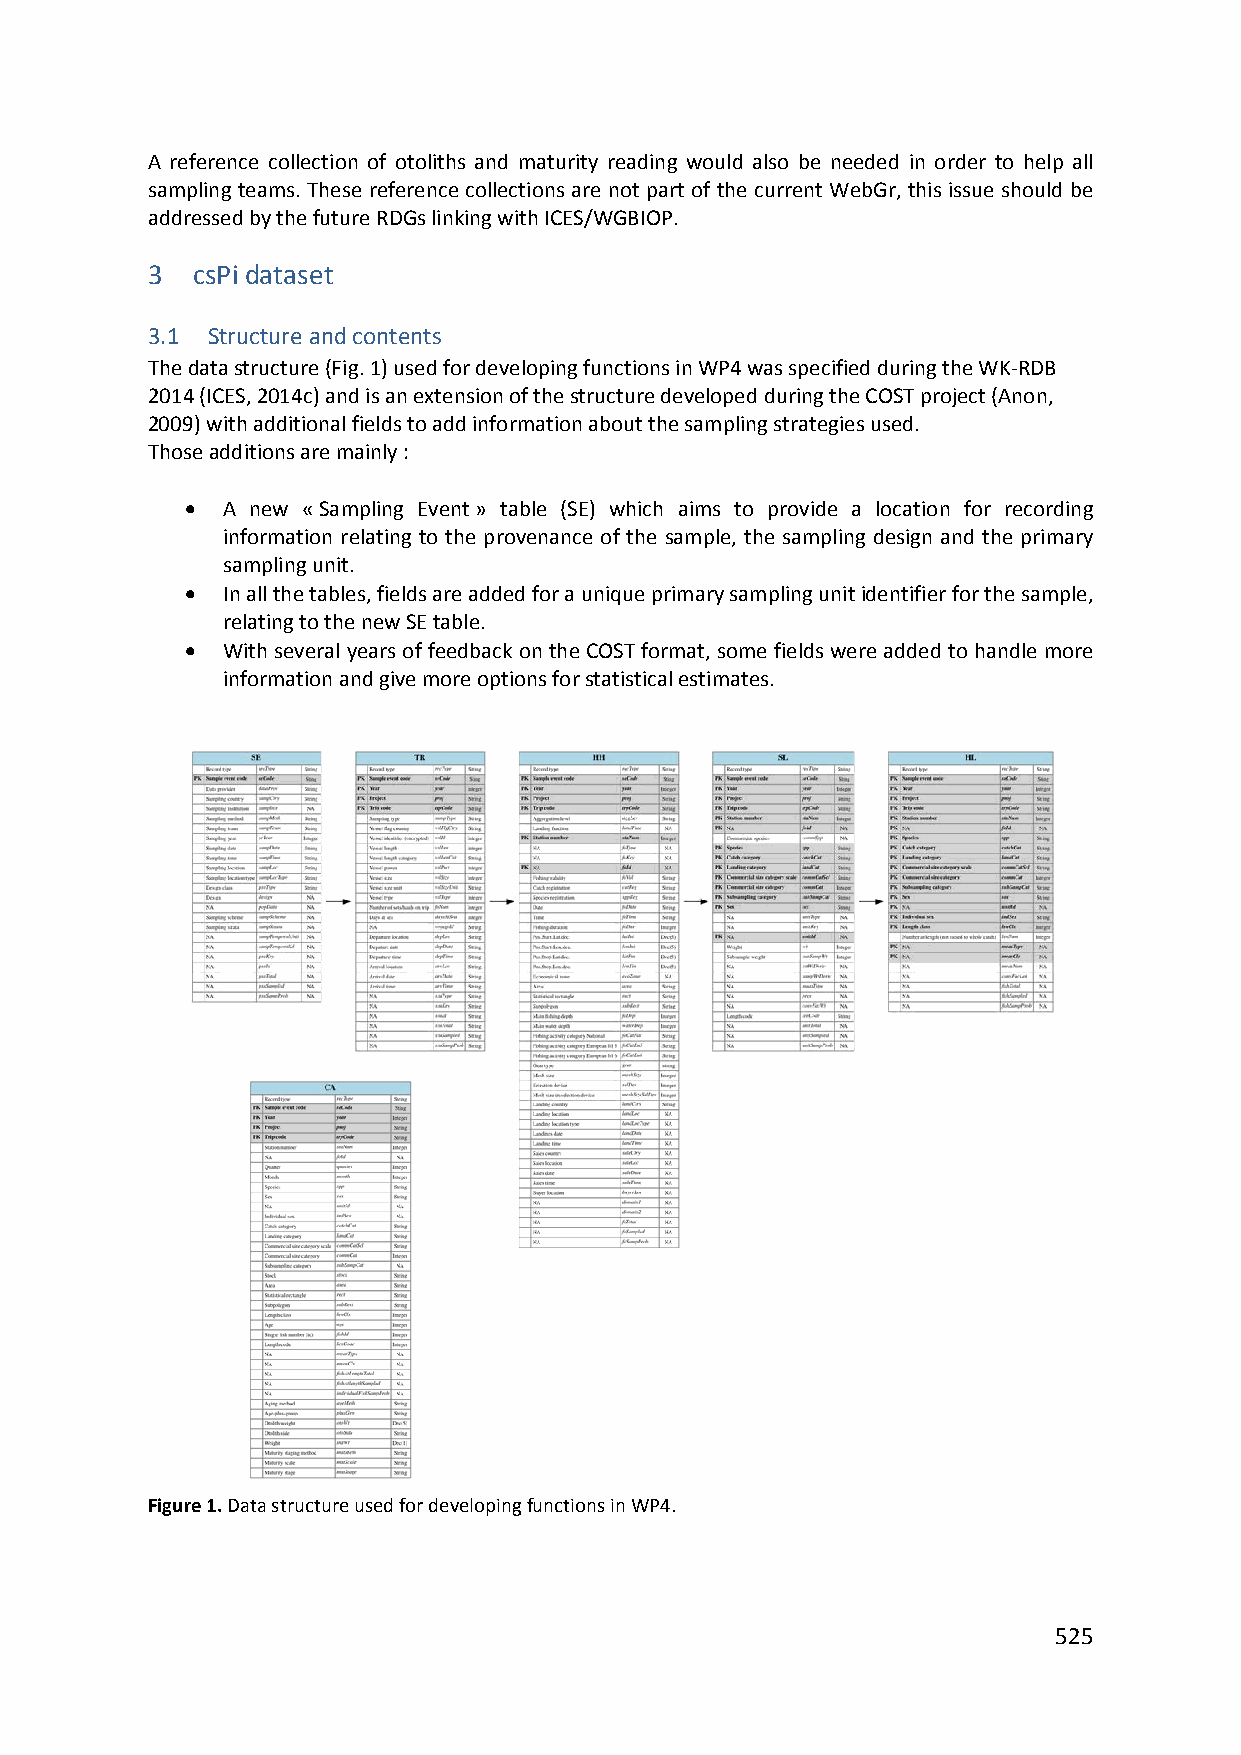
A reference collection of otoliths and maturity reading would also be needed in order to help all
 sampling teams. These reference collections are not part of the current WebGr, this issue should be
 addressed by the future RDGs linking with ICES/WGBIOP.
 3  csPi dataset
 3.1 Structure and contents
 The data structure (Fig. 1) used for developing functions in WP4 was specified during the WK‐RDB
 2014 (ICES, 2014c) and is an extension of the structure developed during the COST project (Anon,
 2009) with additional fields to add information about the sampling strategies used.
 Those additions are mainly :
   A new « Sampling Event » table (SE) which aims to provide a location for recording
 information relating to the provenance of the sample, the sampling design and the primary
 sampling unit.
   In all the tables, fields are added for a unique primary sampling unit identifier for the sample,
 relating to the new SE table.
   With several years of feedback on the COST format, some fields were added to handle more
 information and give more options for statistical estimates.
 Figure 1. Data structure used for developing functions in WP4.
 525